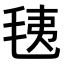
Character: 𣭯